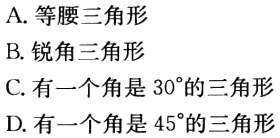
A. 等腰三角形
B. 锐角三角形
C. 有一个角是 \(30^{\circ}\) 的三角形
D. 有一个角是 \(45^{\circ}\) 的三角形